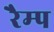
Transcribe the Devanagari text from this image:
रैम्‍प